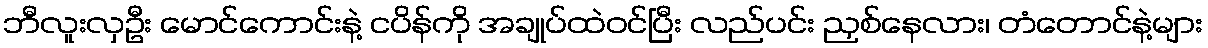
ဘီလူးလှဦး မောင်ကောင်းနဲ့ ငပိန်ကို အချုပ်ထဲဝင်ပြီး လည်ပင်း ညှစ်နေလား၊ တံတောင်နဲ့များ